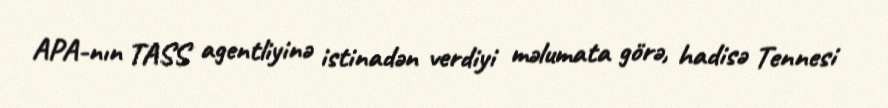
APA-nın TASS agentliyinə istinadən verdiyi məlumata görə, hadisə Tennesi